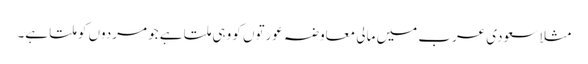
مثلا سعودی عرب میں مالی معاوضہ عورتوں کو وہی ملتا ہے جو مردوں کو ملتا ہے۔